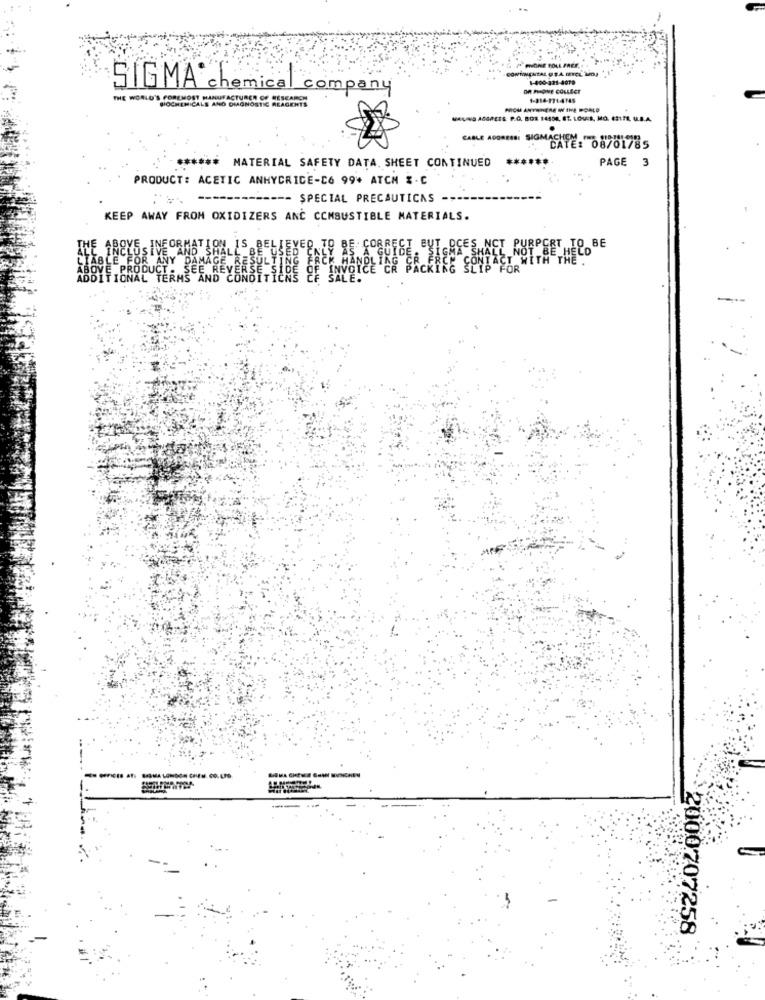
1-400-321-4079
SIGMA chemical company
OR PHONE COLLECT
THE WORLD'S FOREMOST MANUFACTURER OF RESEARCH
BIOCHEMICALS AND DIAGNOSTIC REAGENTS
ARCH ANTI-ERE WINE POLLO
MANO AGEES: P.G. BOE 14408, ST. LOUIS, MO. 6317R U.B.A.
CABLE ADORESSI SIGMASITE: 08781785
**
PAGE
3
****** MATERIAL SAFETY DATA. SHEET CONTINUED
PRODUCT: ACETIC ANHYCRICE-C6 99* ATCH & - C
---- SPECIAL PRECAUTICAS -
KEEP AWAY FROM OXIDIZERS AND COMBUSTIBLE MATERIALS.
OVE
INFORMATION IS BELIEVED TO BE CORRECT
T DCES NCT PURPORT TO BE
FOR
SIVE AND S
ICE CONTACT WITH THE.
„NOT BE HELD"
ODUCT
INVOICE CR BACK
.TERMS
AND
2000707258